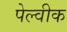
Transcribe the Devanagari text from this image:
पेल्वीक